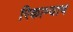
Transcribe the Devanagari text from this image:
रिकाम्याच